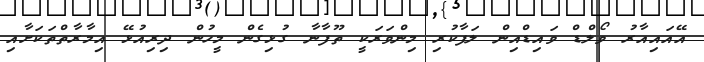
އޭއައިއާރު ވޯލްޑް ވައިޑްއިން ލަފާކުރި މިންވަރަކީ ތޫފާނާ ގުޅިގެން މީހުން ދިރިއުޅޭ އިމާރާތްތަކަށާއި